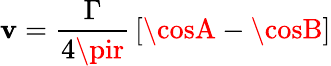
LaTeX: \mathbf{v}={\frac{{\Gamma}}{{4\pir}}}\left[\cosA-\cosB\right]